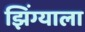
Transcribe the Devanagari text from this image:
झिंग्याला